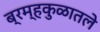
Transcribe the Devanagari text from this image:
ब्रम्हकुळातले